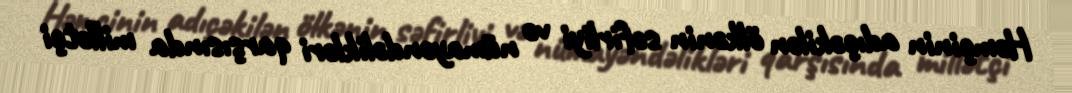
Həmçinin adıçəkilən ölkənin səfirliyi və nümayəndəlikləri qarşısında millətçi